Annual report of the Punjab Veterinary College and of the Civil Veterinary Department, Punjab - 1926-1932
Year: 1926
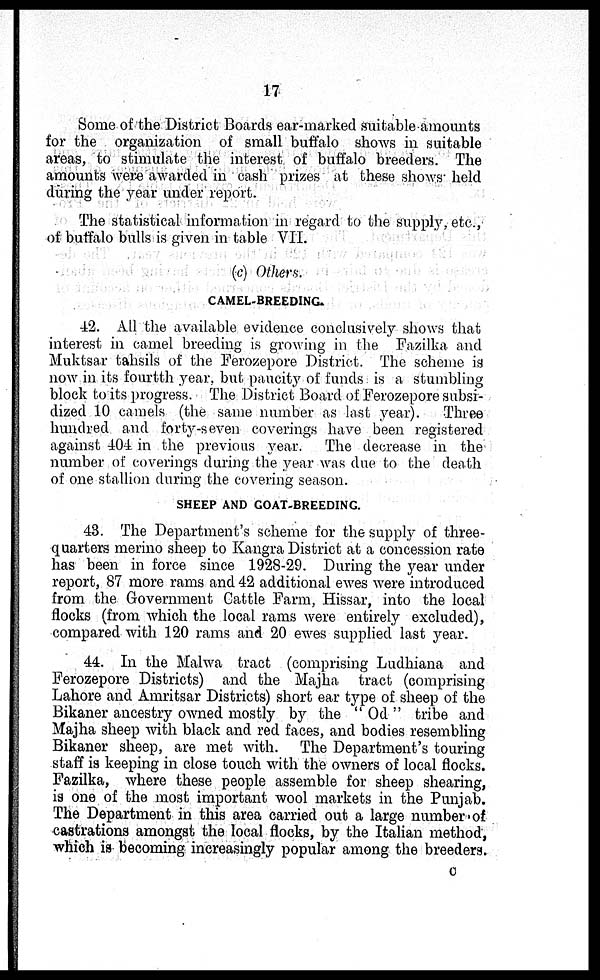
17
Some of the District Boards ear-marked suitable amounts
for the organization of small buffalo shows in suitable
areas, to stimulate the interest of buffalo breeders. The
amounts were awarded in cash prizes at these shows held
during the year under report.
The statistical information in regard to the supply, etc.,
of buffalo bulls is given in table VII.
(c) Others.
CAMEL-BREEDING.
42. All the available evidence conclusively shows that
interest in camel breeding is growing in the Fazilka and
Muktsar tahsils of the Ferozepore District. The scheme is
now in its fourtth year, but pancity of funds is a stumbling
block to its progress. The District Board of Ferozepore subsi-
dized 10 camels (the same number as last year). Three
hundred and forty-seven coverings have been registered
against 404 in the previous year. The decrease in the
number of coverings during the year was due to the death
of one stallion during the covering season.
SHEEP AND GOAT-BREEDING.
43. The Department's scheme for the supply of three-
quarters merino sheep to Kangra District at a concession rate
has been in force since 1928-29. During the year under
report, 87 more rams and 42 additional ewes were introduced
from the Government Cattle Farm, Hissar, into the local
flocks (from which the local rams were entirely excluded),
compared with 120 rams and 20 ewes supplied last year.
44. In the Malwa tract (comprising Ludhiana and
Ferozepore Districts) and the Majha tract (comprising
Lahore and Amritsar Districts) short ear type of sheep of the
Bikaner ancestry owned mostly by the "Od" tribe and
Majha sheep with black and red faces, and bodies resembling
Bikaner sheep, are met with. The Department's touring
staff is keeping in close touch with the owners of local flocks.
Fazilka, where these people assemble for sheep shearing,
is one of the most important wool markets in the Punjab.
The Department in this area carried out a large number of
castrations amongst the local flocks, by the Italian method,
which is becoming increasingly popular among the breeders.
C